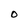
Character: O